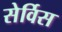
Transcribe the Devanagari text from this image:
सेर्विस